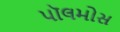
પૉલમોસ